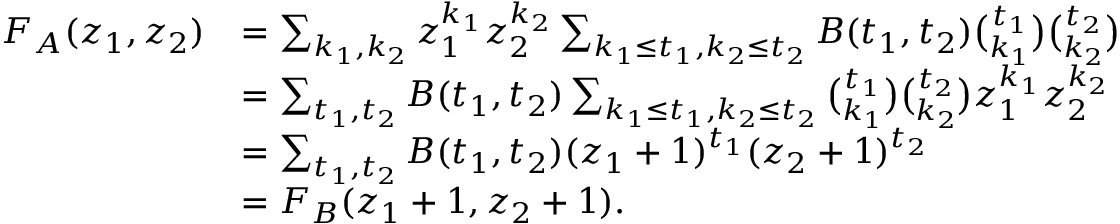
\begin{array} { r l } { F _ { A } ( z _ { 1 } , z _ { 2 } ) } & { = \sum _ { k _ { 1 } , k _ { 2 } } z _ { 1 } ^ { k _ { 1 } } z _ { 2 } ^ { k _ { 2 } } \sum _ { k _ { 1 } \leq t _ { 1 } , k _ { 2 } \leq t _ { 2 } } B ( t _ { 1 } , t _ { 2 } ) \binom { t _ { 1 } } { k _ { 1 } } \binom { t _ { 2 } } { k _ { 2 } } } \\ & { = \sum _ { t _ { 1 } , t _ { 2 } } B ( t _ { 1 } , t _ { 2 } ) \sum _ { k _ { 1 } \leq t _ { 1 } , k _ { 2 } \leq t _ { 2 } } \binom { t _ { 1 } } { k _ { 1 } } \binom { t _ { 2 } } { k _ { 2 } } z _ { 1 } ^ { k _ { 1 } } z _ { 2 } ^ { k _ { 2 } } } \\ & { = \sum _ { t _ { 1 } , t _ { 2 } } B ( t _ { 1 } , t _ { 2 } ) ( z _ { 1 } + 1 ) ^ { t _ { 1 } } ( z _ { 2 } + 1 ) ^ { t _ { 2 } } } \\ & { = F _ { B } ( z _ { 1 } + 1 , z _ { 2 } + 1 ) . } \end{array}